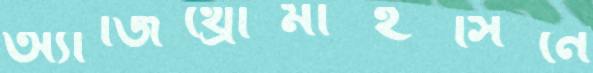
অ্যাজিথ্রোমাইসিনে